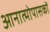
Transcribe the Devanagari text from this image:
आनात्मोपासकों